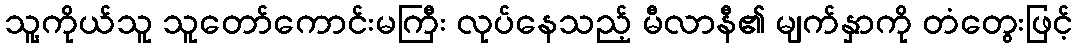
သူ့ကိုယ်သူ သူတော်ကောင်းမကြီး လုပ်နေသည့် မီလာနီ၏ မျက်နှာကို တံတွေးဖြင့်